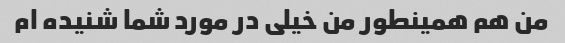
من هم همینطور من خیلی در مورد شما شنیده ام